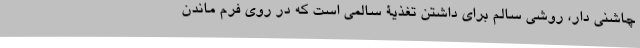
چاشنی دار، روشی سالم برای داشتن تغذیۀ سالمی است که در روی فرم ماندن